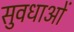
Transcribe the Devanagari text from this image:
सुवधाओं